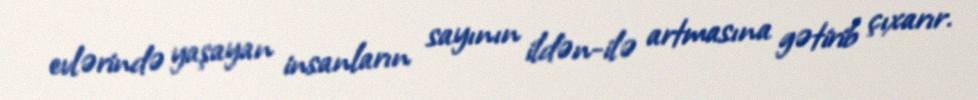
evlərində yaşayan insanların sayının ildən-ilə artmasına gətirib çıxarır.